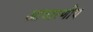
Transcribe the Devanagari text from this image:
आचारणीय